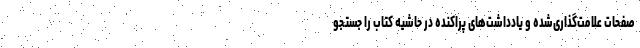
صفحات علامت‌گذاری‌شده و یادداشت‌های پراکنده در حاشیه کتاب را جستجو